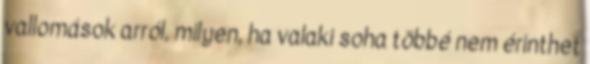
vallomások arról, milyen, ha valaki soha többé nem érinthet